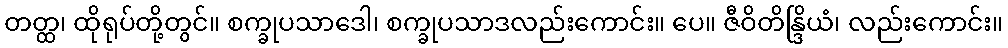
တတ္ထ၊ ထိုရုပ်တို့တွင်။ စက္ခုပသာဒေါ၊ စက္ခုပသာဒလည်းကောင်း။ ပေ။ ဇီဝိတိန္ဒြိယံ၊ လည်းကောင်း။